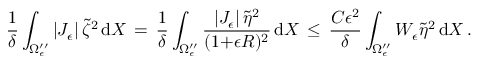
\frac { 1 } { \delta } \int _ { \Omega _ { \epsilon } ^ { \prime \prime } } | J _ { \epsilon } | \, \tilde { \zeta } ^ { 2 } \, \mathrm { d } X \, = \, \frac { 1 } { \delta } \int _ { \Omega _ { \epsilon } ^ { \prime \prime } } \frac { | J _ { \epsilon } | \, \tilde { \eta } ^ { 2 } } { ( 1 { + } \epsilon R ) ^ { 2 } } \, \mathrm { d } X \, \le \, \frac { C \epsilon ^ { 2 } } { \delta } \int _ { \Omega _ { \epsilon } ^ { \prime \prime } } W _ { \epsilon } \tilde { \eta } ^ { 2 } \, \mathrm { d } X \, .